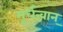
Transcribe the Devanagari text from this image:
मूर्धन्वान्